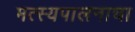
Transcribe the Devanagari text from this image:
मत्स्यपालनाचा